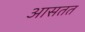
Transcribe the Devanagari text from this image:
आसतत